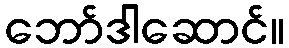
ဘော်ဒါဆောင်။